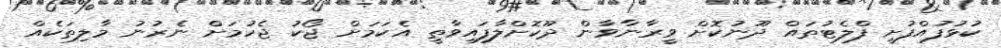
ކުޅުފުއްފުށީ ފްލެޓުތައް ދޫނުކޮށް ވީރާނާވާން ދޫކޮށްލާފައިވާތީ އެކަމަށް ޖޯކު ޖެހުމަށް ނެރުނު މާލިތަކެއް